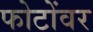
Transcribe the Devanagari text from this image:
फोटोंवर